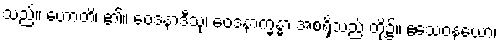
သည်။ ဟောတိ၊ ၏။ ဝေဒနာဒီသု၊ ဝေဒနာက္ခန္ဓာ အစရှိသည် တို့၌။ ဧသေဝနယော၊